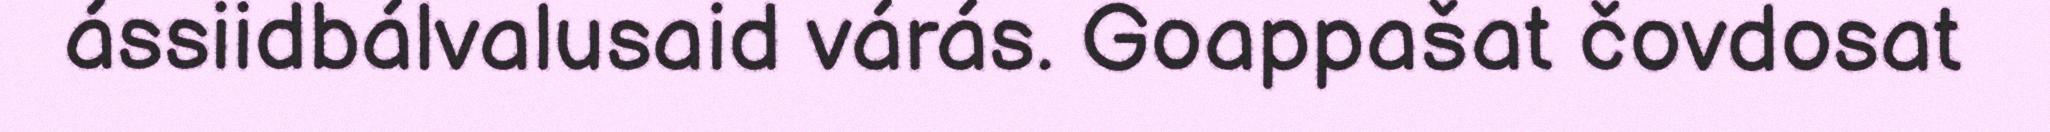
ássiidbálvalusaid várás. Goappašat čovdosat